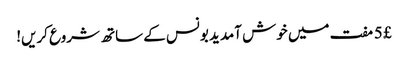
£ 5 مفت میں خوش آمدید بونس کے ساتھ شروع کریں!